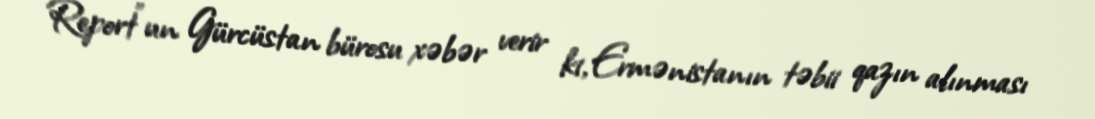
Report"un Gürcüstan bürosu xəbər verir ki, Ermənistanın təbii qazın alınması